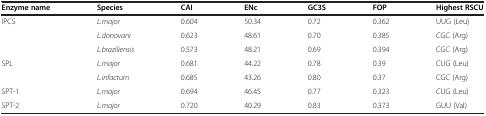
<table><thead><tr><td><b>Enzyme name</b></td><td><b>Species</b></td><td><b>CAI</b></td><td><b>ENc</b></td><td><b>GC3S</b></td><td><b>FOP</b></td><td><b>Highest RSCU</b></td></tr></thead><tbody><tr><td rowspan="3">IPCS</td><td><i>L.major</i></td><td>0.604</td><td>50.34</td><td>0.72</td><td>0.362</td><td>UUG (Leu)</td></tr><tr><td><i>L.donovani</i></td><td>0.623</td><td>48.61</td><td>0.70</td><td>0.385</td><td>CGC (Arg)</td></tr><tr><td><i>L.braziliensis</i></td><td>0.573</td><td>48.21</td><td>0.69</td><td>0.394</td><td>CGC (Arg)</td></tr><tr><td rowspan="2">SPL</td><td><i>L.major</i></td><td>0.681</td><td>44.22</td><td>0.78</td><td>0.39</td><td>CUG (Leu)</td></tr><tr><td><i>L.infactum</i></td><td>0.685</td><td>43.26</td><td>0.80</td><td>0.37</td><td>CGC (Arg)</td></tr><tr><td>SPT-1</td><td><i>L.major</i></td><td>0.694</td><td>46.45</td><td>0.77</td><td>0.323</td><td>CUG (Leu)</td></tr><tr><td>SPT-2</td><td><i>L.major</i></td><td>0.720</td><td>40.29</td><td>0.83</td><td>0.373</td><td>GUU (Val)</td></tr></tbody></table>